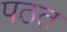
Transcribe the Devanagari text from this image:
पठत